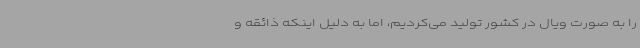
را به صورت ویال در کشور تولید می‌کردیم، اما به دلیل اینکه ذائقه و